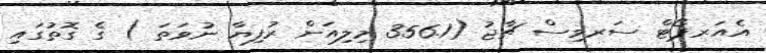
އެއަރޕޯޓް ސަރވިސް ޗާޖު (356.1 މިލިއަން ރުފިޔާ ނުވަތަ ) ގެ ގޮތުގައި